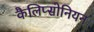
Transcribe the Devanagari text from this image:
कैलिप्सोनियन